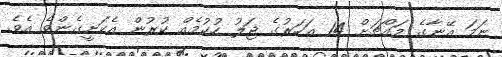
ނަމަ އޭނާގެ މައްޗަށް 14 އަހަރުގެ ޖަލު ހުކުމެއް ކުރުން އެކަށީގެންވެ އެވެ.